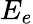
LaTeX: E_{e}